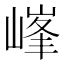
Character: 𡻀